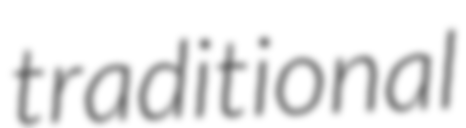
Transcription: traditional